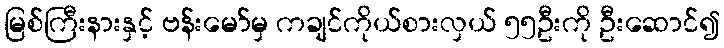
မြစ်ကြီးနားနှင့် ဗန်းမော်မှ ကချင်ကိုယ်စားလှယ် ၅၅ဦးကို ဦးဆောင်၍